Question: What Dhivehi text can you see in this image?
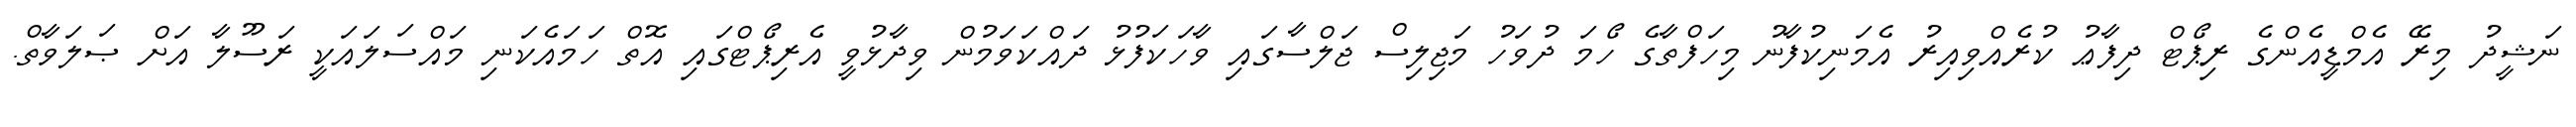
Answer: ނަޝީދު މިރޭ އެމްޑީއެންގެ ރިޕޯޓް ދިފާޢު ކުރެއްވިއިރު އެމަނިކުފާނު މިހަފްތާގެ ހޯމަ ދުވަހު މަޖިލިސް ޖަލްސާގައި ވާހަކަފުޅު ދައްކަވަމުން ވިދާޅުވީ އެރިޕޯޓްގައި އޮތް ހަމައެކަނި މައްސަލައަކީ ރަސޫލާ އަށް ޞަލަވާތް.